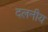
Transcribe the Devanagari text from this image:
दलनीय